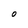
Character: O